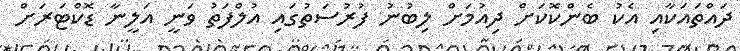
ދައްތައަކާއި އެކު ބެންކޮކަށް ދިއުމަށް ލިބުނު ފުރުސަތުގައި އުލްފަތު ވަނީ އަލީނާ ޑޮކްޓަރަށް